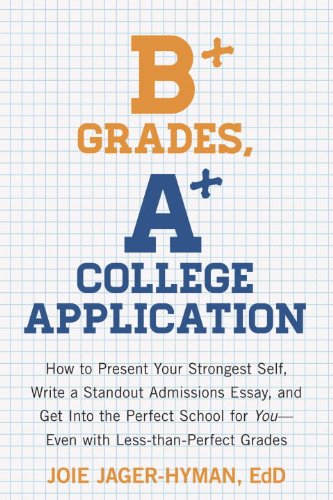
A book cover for B+ Grades, A+ College Application: How to Present Your Strongest Self, Write a Standout Admissions Essay, and Get Into the Perfect School for You; Joie Jager-Hyman; Education & Teaching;